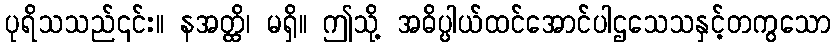
ပုရိသသည်၎င်း။ နအတ္ထိ၊ မရှိ။ ဤသို့ အဓိပ္ပါယ်ထင်အောင်ပါဌသေသနှင့်တကွသော